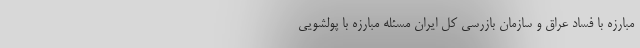
مبارزه با فساد عراق و سازمان بازرسی کل ایران مسئله مبارزه با پولشویی